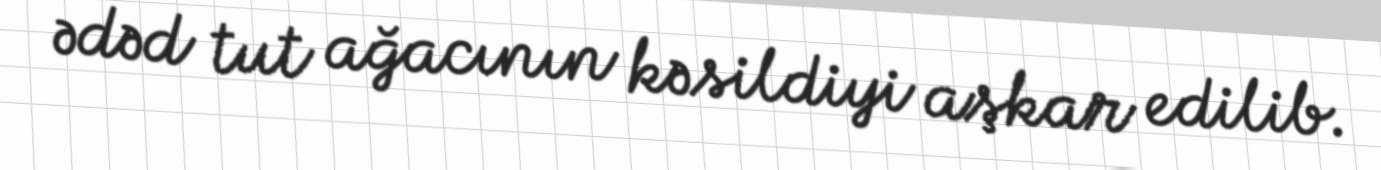
ədəd tut ağacının kəsildiyi aşkar edilib.